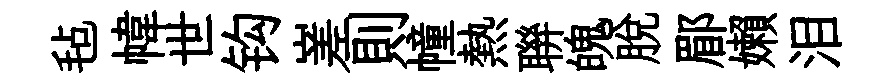
毡幃世钩嵳則幢熱聨魄脱郿嬾泪